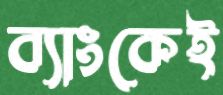
ব্যাংকেই